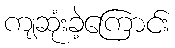
ကျဆုံးခဲ့ကြောင်း